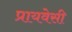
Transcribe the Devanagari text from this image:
प्रायवेसी